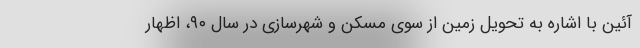
آئین با اشاره به تحویل زمین از سوی مسکن و شهرسازی در سال ۹۰، اظهار